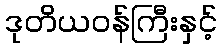
ဒုတိယဝန်ကြီးနှင့်